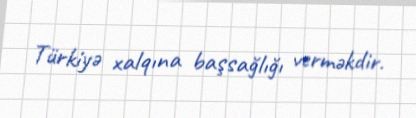
Türkiyə xalqına başsağlığı verməkdir.